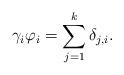
LaTeX: \begin{align*}\gamma_i \varphi_i = \sum_{j=1}^{k} \delta_{j,i}.\end{align*}